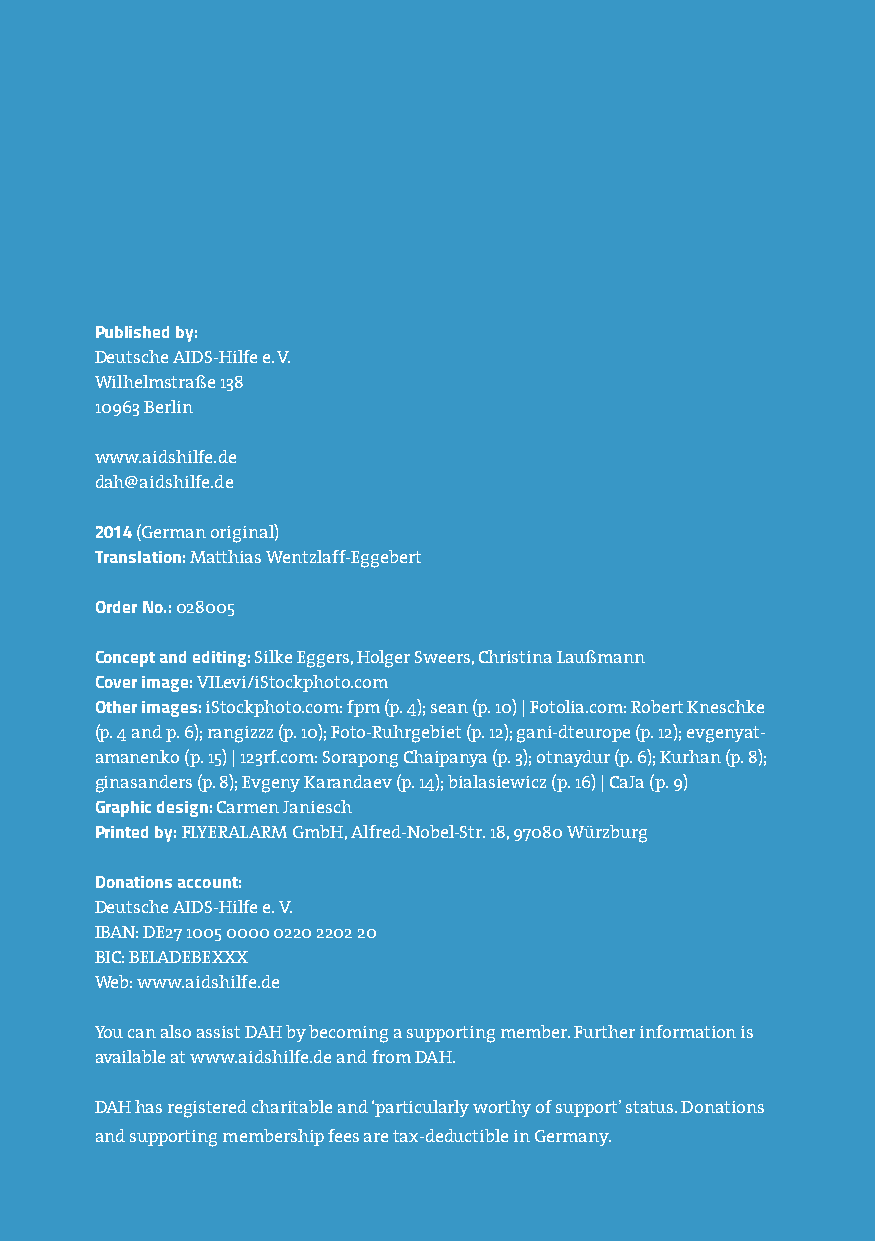
Published by:
 Deutsche AIDS-Hilfe e. V.
 Wilhelmstraße 138
 10963 Berlin
 www.aidshilfe.de
 dah@aidshilfe.de
 2014 (German original)
 Translation: Matthias Wentzlaff-Eggebert
 Order No.: 028005
 Concept and editing: Silke Eggers, Holger Sweers, Christina Laußmann
 Cover image: VILevi/iStockphoto.com
 Other images: iStockphoto.com: fpm (p. 4); sean (p. 10) | Fotolia.com: Robert Kneschke
 (p. 4 and p. 6); rangizzz (p. 10); Foto-Ruhrgebiet (p. 12); gani-dteurope (p. 12); evgenyat-
 amanenko (p. 15) | 123rf.com: Sorapong Chaipanya (p. 3); otnaydur (p. 6); Kurhan (p. 8);
 ginasanders (p. 8); Evgeny Karandaev (p. 14); bialasiewicz (p. 16) | CaJa (p. 9)
 Graphic design: Carmen Janiesch
 Printed by: FLYERALARM GmbH, Alfred-Nobel-Str. 18, 97080 Würzburg
 Donations account:
 Deutsche AIDS-Hilfe e. V.
 IBAN: DE27 1005 0000 0220 2202 20
 BIC: BELADEBEXXX
 Web: www.aidshilfe.de
 You can also assist DAH by becoming a supporting member. Further information is
 available at www.aidshilfe.de and from DAH.
 DAH has registered charitable and ‘particularly worthy of support’ status. Donations
 and supporting membership fees are tax-deductible in Germany.
 2